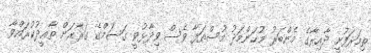
ތިމަރަފުށީ ދާއިރާގެ މެންބަރު މުޙަންމަދު މުސްތަފާ ވެސް ވިދާޅުވީ ގަސަމްގެ ގަރާރަށް ތާޢީދުކުރައްވާ